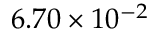
6 . 7 0 \times 1 0 ^ { - 2 }